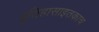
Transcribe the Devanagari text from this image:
इतिहासाइतकाच